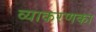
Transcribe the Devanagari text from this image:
व्याकरणका